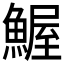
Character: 𲌼